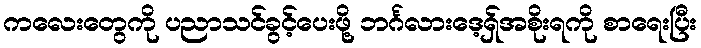
ကလေးတွေကို ပညာသင်ခွင့်ပေးဖို့ ဘင်္ဂလားဒေ့ရှ်အစိုးရကို စာရေးပြီး